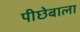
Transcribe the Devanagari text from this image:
पीछेबाला